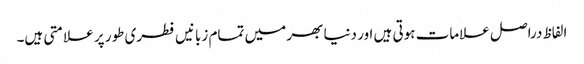
الفاظ دراصل علامات ہوتی ہیں اور دنیا بھر میں تمام زبانیں فطری طور پر علامتی ہیں۔